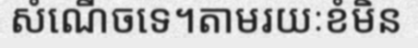
សំណើចទេ។តាមរយៈខំមិន